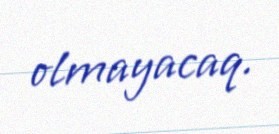
olmayacaq.